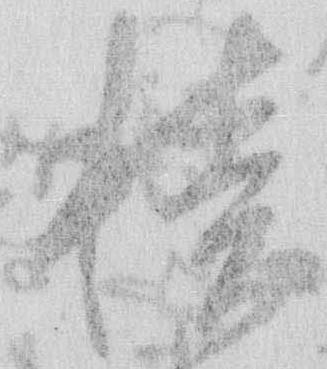
積